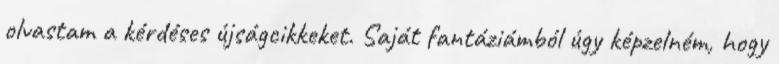
olvastam a kérdéses újságcikkeket. Saját fantáziámból úgy képzelném, hogy